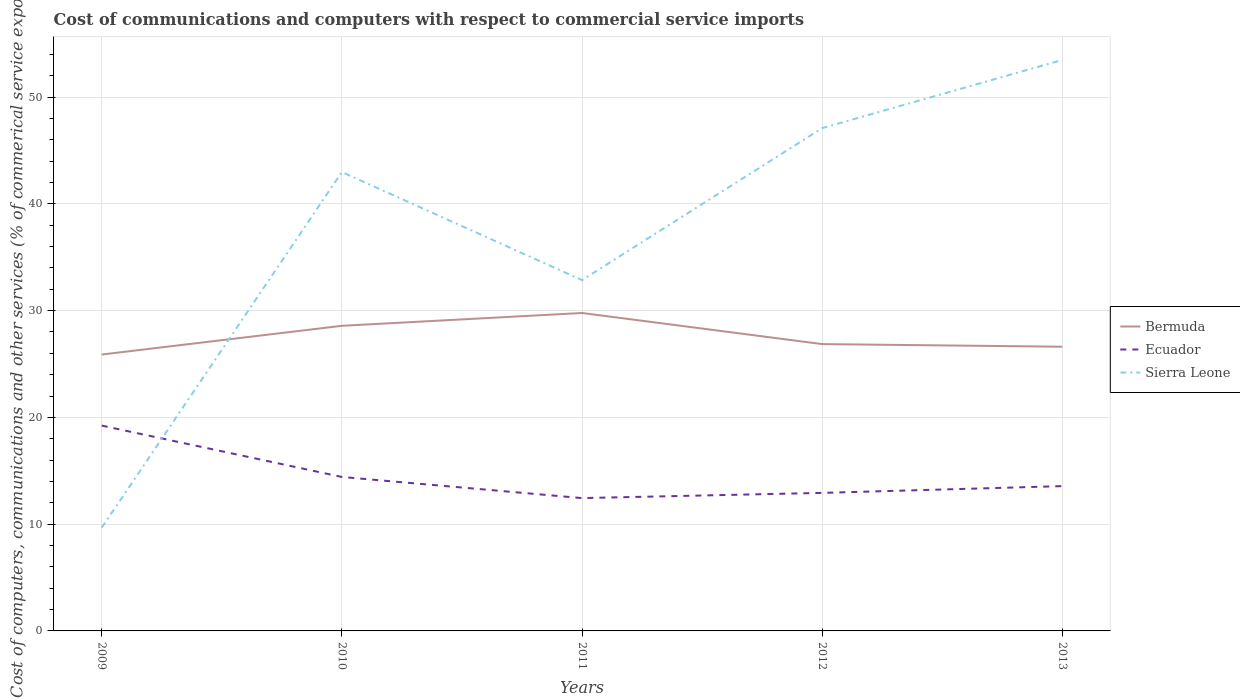
| Years | Bermuda | Ecuador | Sierra Leone |
 | --- | --- | --- | --- |
 | 2009 | 25.9 | 19.2 | 9.67 |
 | 2010 | 28.6 | 14.4 | 43 |
 | 2011 | 29.8 | 12.4 | 32.9 |
 | 2012 | 26.9 | 12.9 | 47.1 |
 | 2013 | 26.6 | 13.6 | 53.5 |